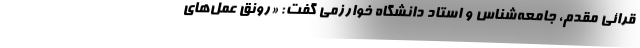
قرائی مقدم، جامعه‌شناس و استاد دانشگاه خوارزمی گفت: «رونق عمل‌های